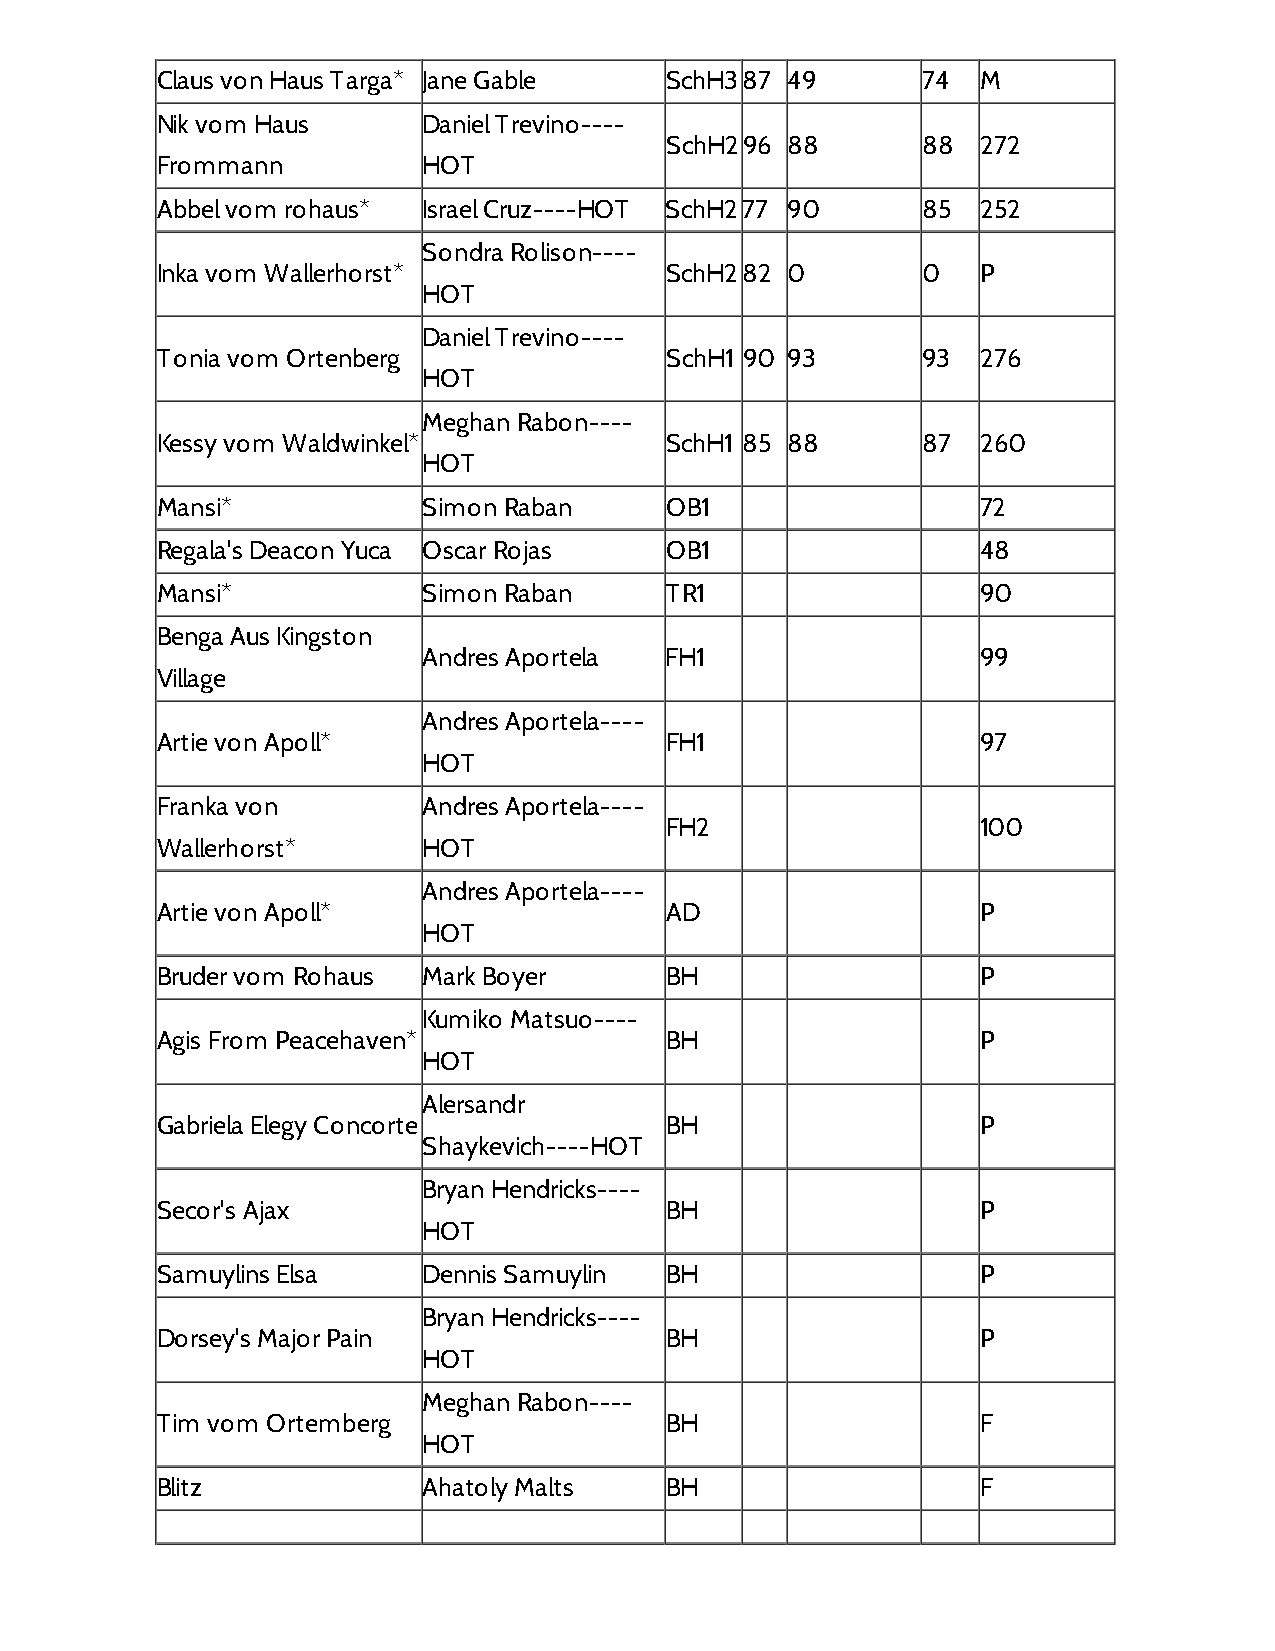
Claus von Haus Targa* Jane Gable  SchH387 49       74  M
 Nik vom Haus      Daniel Trevino----
 SchH296 88       88  272
 Frommann          HOT
 Abbel vom rohaus* Israel Cruz----HOT SchH277 90    85  252
 Sondra Rolison----
 Inka vom Wallerhorst*             SchH282 0        0   P
 HOT
 Daniel Trevino----
 Tonia vom Ortenberg               SchH1 90 93      93  276
 HOT
 Meghan Rabon----
 Kessy vom Waldwinkel*             SchH1 85 88      87  260
 HOT
 Mansi*            Simon Raban     OB1                  72
 Regala's Deacon Yuca Oscar Rojas  OB1                  48
 Mansi*            Simon Raban     TR1                  90
 Benga Aus Kingston
 Andres Aportela FH1                  99
 Village
 Andres Aportela----
 Artie von Apoll*                  FH1                  97
 HOT
 Franka von        Andres Aportela----
 FH2                  100
 Wallerhorst*      HOT
 Andres Aportela----
 Artie von Apoll*                  AD                   P
 HOT
 Bruder vom Rohaus Mark Boyer      BH                   P
 Kumiko Matsuo----
 Agis From Peacehaven*             BH                   P
 HOT
 Alersandr
 Gabriela Elegy Concorte           BH                   P
 Shaykevich----HOT
 Bryan Hendricks----
 Secor's Ajax                      BH                   P
 HOT
 Samuylins Elsa    Dennis Samuylin BH                   P
 Bryan Hendricks----
 Dorsey's Major Pain               BH                   P
 HOT
 Meghan Rabon----
 Tim vom Ortemberg                 BH                   F
 HOT
 Blitz             Ahatoly Malts   BH                   F